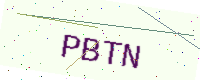
Text: PBTN